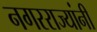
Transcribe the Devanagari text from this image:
नगरराज्यांनी